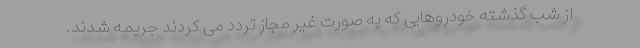
از شب گذشته خودروهایی که به صورت غیر مجاز تردد می کردند جریمه شدند.